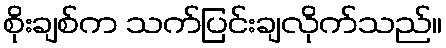
စိုးချစ်က သက်ပြင်းချလိုက်သည်။